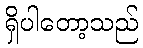
ရှိပါတော့သည်